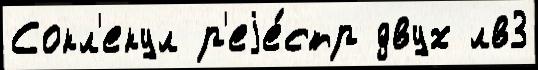
Сокл'екул р'еjе́стр двух лв3